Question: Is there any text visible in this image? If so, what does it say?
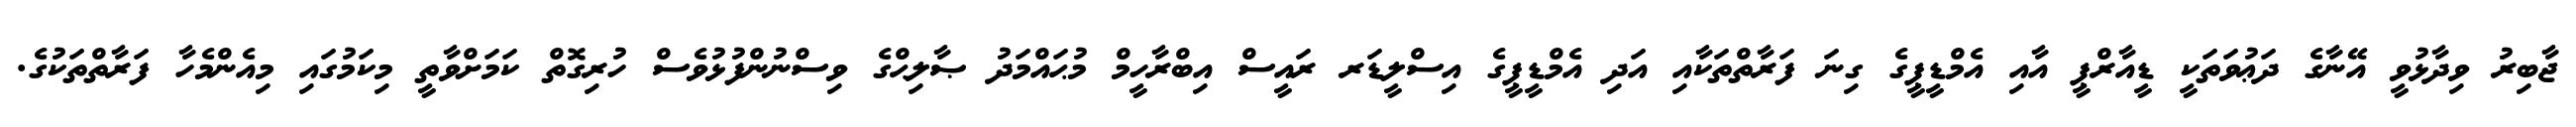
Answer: ޖާބިރު ވިދާޅުވީ އޭނާގެ ދަޢުވަތަކީ ޑީއާރްޕީ އާއި އެމްޑީޕީގެ ގިނަ ފަރާތްތަކާއި އަދި އެމްޑީޕީގެ އިސްލީޑަރ ރައީސް އިބްރާހީމް މުޙައްމަދު ޞާލިޙްގެ ވިސްނުންފުޅުވެސް ހުރިގޮތް ކަމަށްވާތީ މިކަމުގައި މިއެންމެހާ ފަރާތްތަކުގެ.